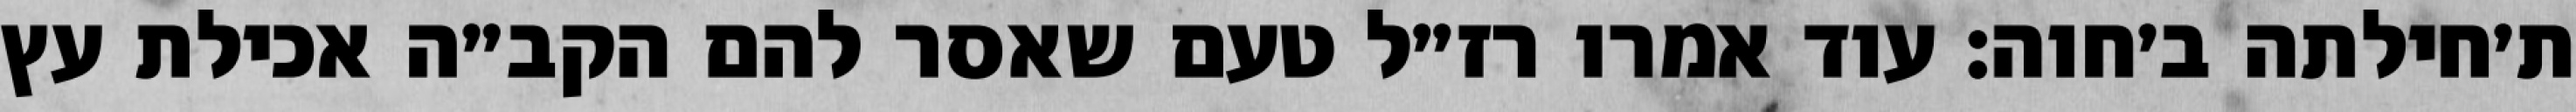
ת׳חילתה ב׳חוה: עוד אמרו רז״ל טעם שאסר להם הקב״ה אכילת עץ